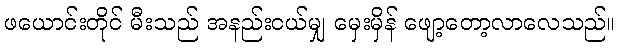
ဖယောင်းတိုင် မီးသည် အနည်းငယ်မျှ မှေးမှိန် ဖျော့တော့လာလေသည်။